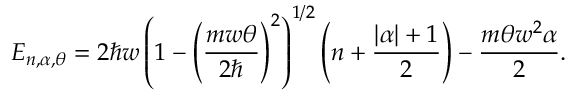
E _ { n , \alpha , \theta } = 2 \hbar w \left( 1 - \left( \frac { m w \theta } { 2 \hbar } \right) ^ { 2 } \right) ^ { 1 / 2 } \left( n + \frac { \left| \alpha \right| + 1 } { 2 } \right) - \frac { m \theta w ^ { 2 } \alpha } { 2 } .